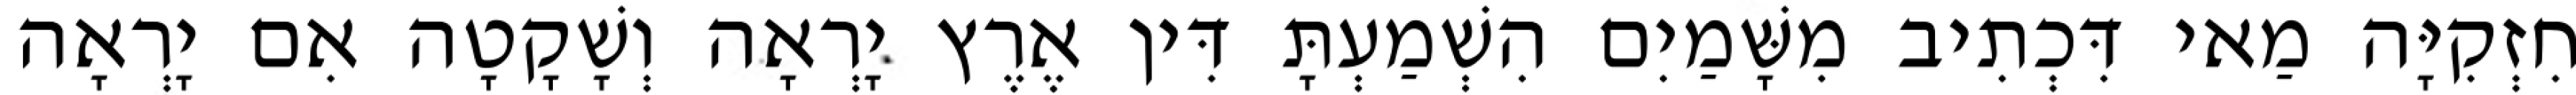
חִזְקִיָּה מַאי דִּכְתִיב מִשָּׁמַיִם הִשְׁמַעְתָּ דִּין אֶרֶץ יָרְאָה וְשָׁקָטָה אִם יָרְאָה